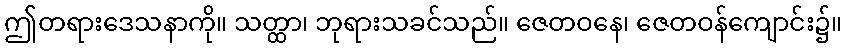
ဤတရားဒေသနာကို။ သတ္ထာ၊ ဘုရားသခင်သည်။ ဇေတဝနေ၊ ဇေတဝန်ကျောင်း၌။